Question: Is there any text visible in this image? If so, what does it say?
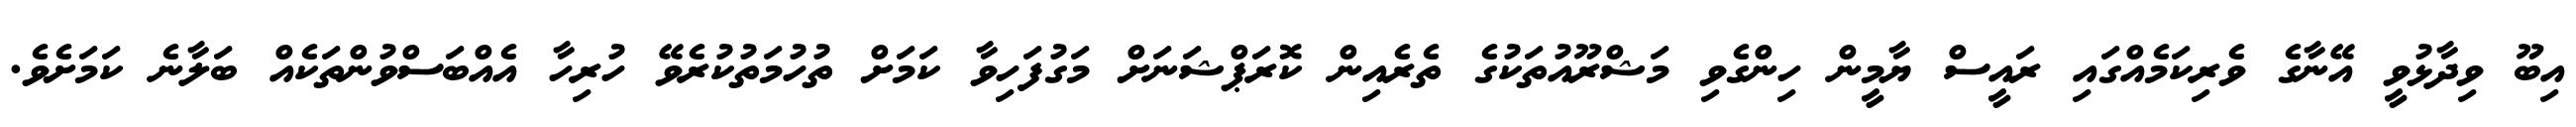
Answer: އިބޫ ވިދާޅުވީ އޭނާގެ ވެރިކަމެއްގައި ރައީސް ޔާމީން ހިންގެވި މަޝްރޫއުތަކުގެ ތެރެއިން ކޮރަޕްޝަނަށް މަގުފަހިވާ ކަމަށް ތުހުމަތުކުރެވޭ ހުރިހާ އެއްބަސްވުންތަކެއް ބަލާނެ ކަމަށެވެ.